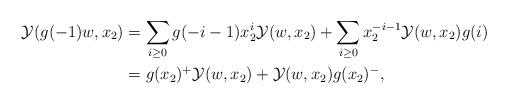
LaTeX: \begin{align*} \mathcal{Y}(g(-1)w,x_2) & =\sum_{i\geq 0} g(-i-1) x_2^i\mathcal{Y}(w,x_2)+\sum_{i\geq 0} x_2^{-i-1}\mathcal{Y}(w,x_2)g(i)\\ & =g(x_2)^+\mathcal{Y}(w,x_2)+\mathcal{Y}(w,x_2)g(x_2)^-,\end{align*}